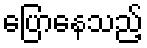
ပြောနေသည့်